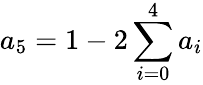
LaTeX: a_{5}=1-2\sum_{i=0}^{4}a_{i}